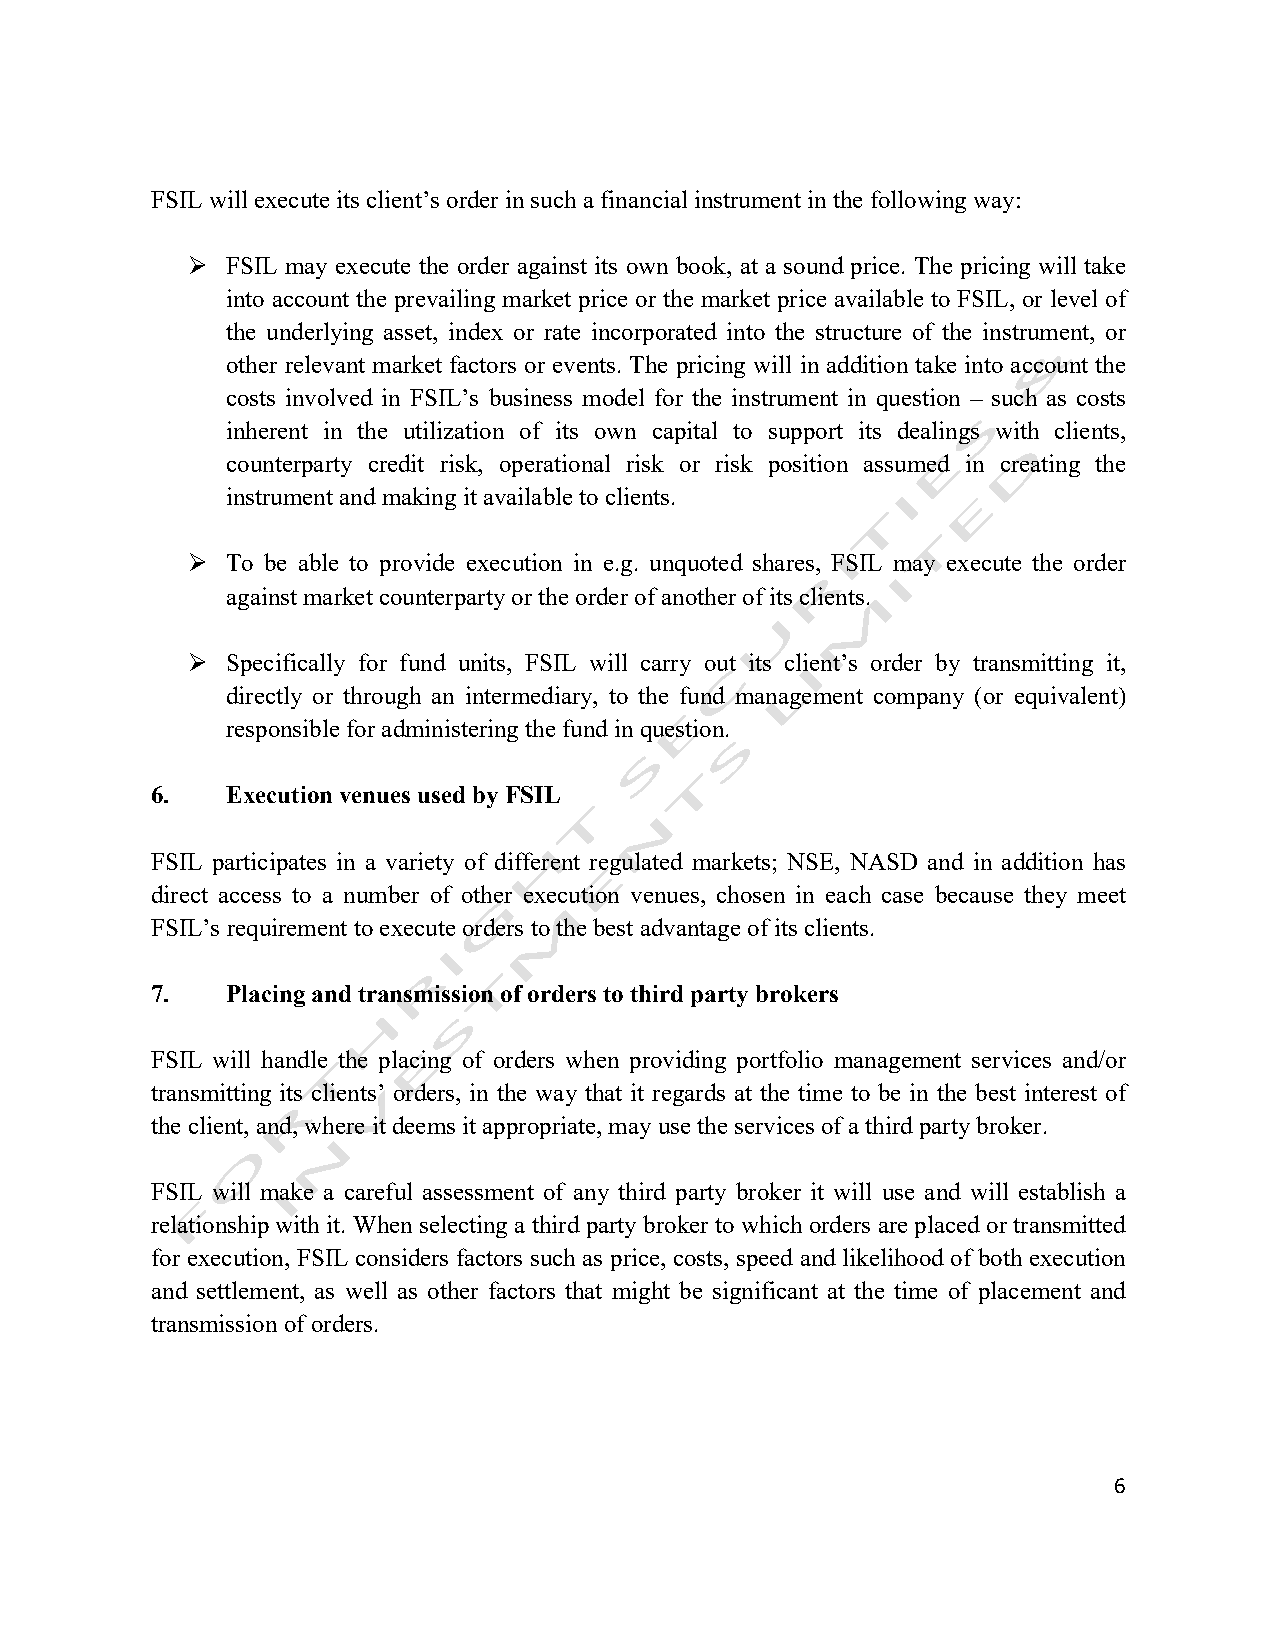
FSIL will execute its client’s order in such a financial instrument in the following way:
 Ø  FSIL may execute the order against its own book, at a sound price. The pricing will take
 into account the prevailing market price or the market price available to FSIL, or level of
 the underlying asset, index or rate incorporated into the structure of the instrument, or
 other relevant market factors or events. The pricing will in addition take into account the
 costs involved in FSIL’s business model for the instrument in question – such as costs
 inherent in the utilization of its own capital to support its dealings with clients,
 counterparty credit risk, operational risk or risk position assumed in creating the
 instrument and making it available to clients.
 Ø  To be able to provide execution in e.g. unquoted shares, FSIL may execute the order
 against market counterparty or the order of another of its clients.
 Ø  Specifically for fund units, FSIL will carry out its client’s order by transmitting it,
 directly or through an intermediary, to the fund management company (or equivalent)
 responsible for administering the fund in question.
 6.   Execution venues used by FSIL
 FSIL participates in a variety of different regulated markets; NSE, NASD and in addition has
 direct access to a number of other execution venues, chosen in each case because they meet
 FSIL’s requirement to execute orders to the best advantage of its clients.
 7.   Placing and transmission of orders to third party brokers
 FSIL will handle the placing of orders when providing portfolio management services and/or
 transmitting its clients’ orders, in the way that it regards at the time to be in the best interest of
 the client, and, where it deems it appropriate, may use the services of a third party broker.
 FSIL will make a careful assessment of any third party broker it will use and will establish a
 relationship with it. When selecting a third party broker to which orders are placed or transmitted
 for execution, FSIL considers factors such as price, costs, speed and likelihood of both execution
 and settlement, as well as other factors that might be significant at the time of placement and
 transmission of orders.
 6